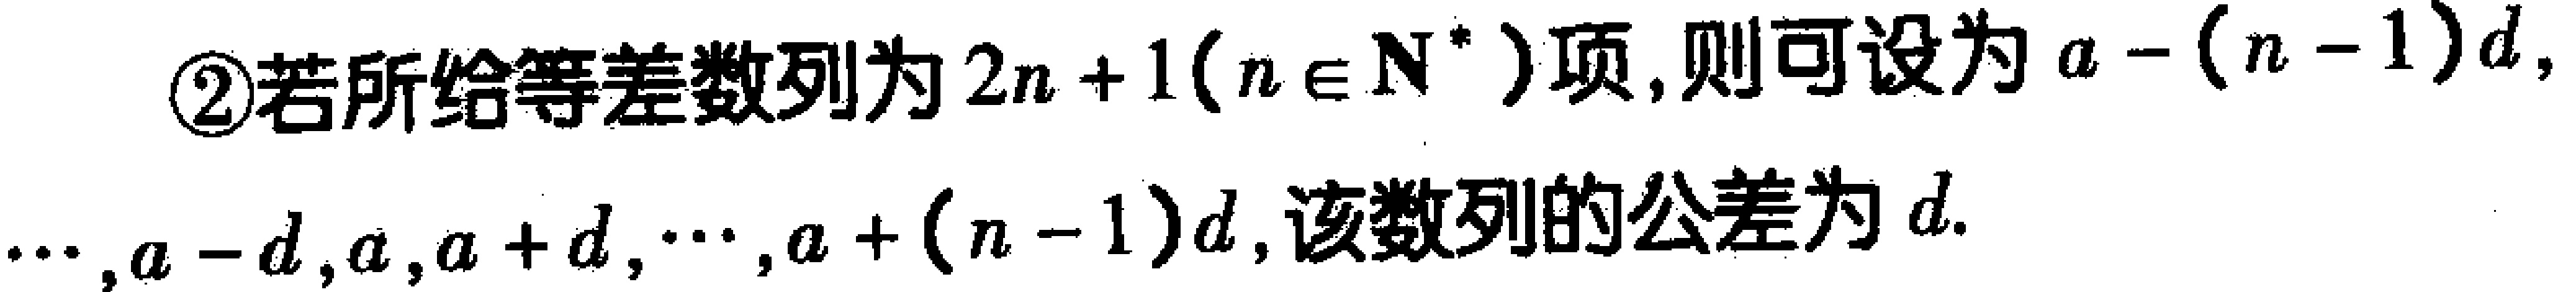
\textcircled{2}若所给等差数列为\(2n + 1(n\in\mathbf{N}^{*})\)项，则可设为\(a-(n - 1)d,\cdots,a - d,a,a + d,\cdots,a+(n - 1)d\)，该数列的公差为\(d\).